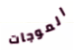
الموجات